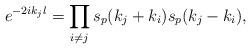
LaTeX: \begin{align*}e^{-2ik_jl}=\prod_{i\neq j}s_p(k_{j}+k_{i})s_p(k_{j}-k_{i}),\end{align*}